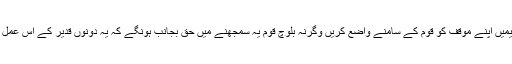
اب مزکورہ تنظیمیں اپنے موقف کو قوم کے سامنے واضع کریں وگرنہ بلوچ قوم یہ سمجھنے میں حق بجانب ہونگے کہ یہ دونوں قدیر کے اس عمل میں شریک ہیں۔